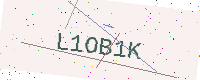
Text: L1OB1K